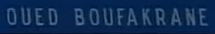
OUED BOUFAKRANE